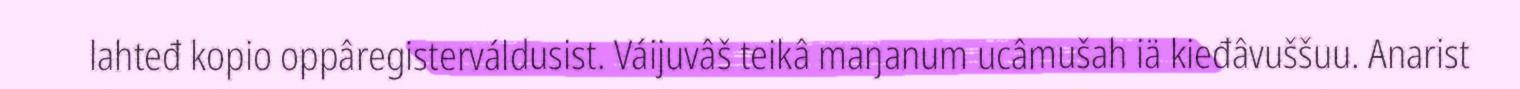
lahteđ kopio oppâregisterváldusist. Váijuvâš teikâ maŋanum ucâmušah iä kieđâvuššuu. Anarist